Report on lock hospitals in British Burma
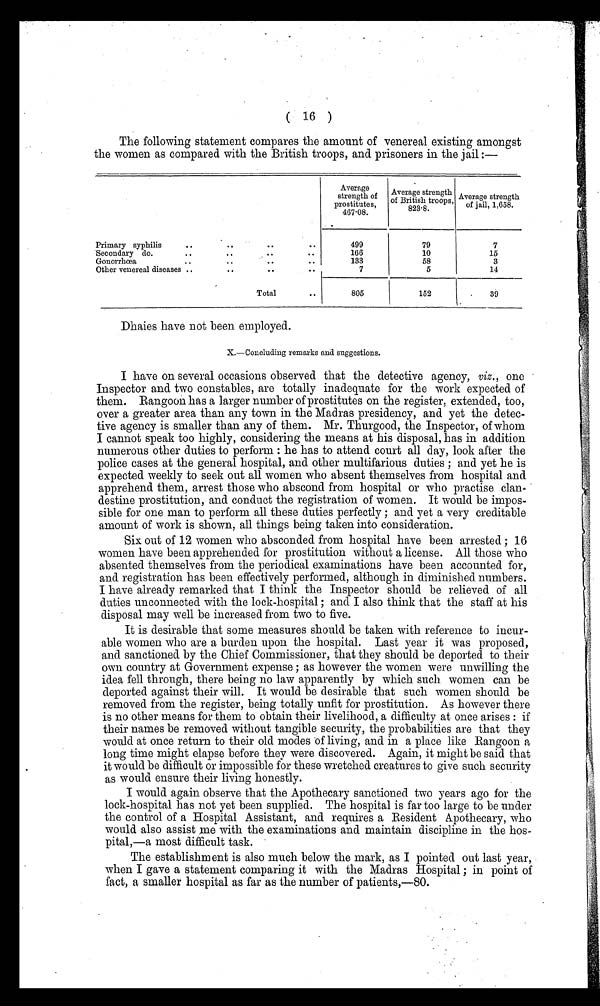
( 16 )
The following statement compares the amount of venereal existing amongst
the women as compared with the British troops, and prisoners in the jail :—
A v e r a g e s t r e n g t h o f p r o s t i t u t e s ,
467.08.
A v e r a g e s t r e n g t h o f B r i t i s h t r o o p s ,
8 2 3 . 8 .
A v e r a g e s t r e n g t h o f j a i l , 1 , 6 5 8 .
Primary syphilis
..
..
..
. .
499
79
7
Secondary do.
.. .. ..
. .
166
10
15
Gonorrhœa
..
..
..
133
58
3
Other venereal diseases ..
..
..
..
7
5
14
Total
..
805
152
.
39
Dhaies have not been employed.
X.—Concluding remarks and suggestions.
I have on several occasions observed that the detective agency, viz., one
Inspector and two constables, are totally inadequate for the work expected of
them. Rangoon has a larger number of prostitutes on the register, extended, too,
over a greater area than any town in the Madras presidency, and yet the detec-
tive agency is smaller than any of them. Mr. Thurgood, the Inspector, of whom
I cannot speak too highly, considering the means at his disposal, has in addition
numerous other duties to perform : he has to attend court all day, look after the
police cases at the general hospital, and other multifarious duties ; and yet he is
expected weekly to seek out all women who absent themselves from hospital and
apprehend them, arrest those who abscond from hospital or who practise clan-
destine prostitution, and conduct the registration of women. It would be impos-
sible for one man to perform all these duties perfectly ; and yet a very creditable
amount of work is shown, all things being taken into consideration.
Six out of 12 women who absconded from hospital have been arrested ; 16
women have been apprehended for prostitution without a license. All those who
absented themselves from the periodical examinations have been accounted for,
and registration has been effectively performed, although in diminished numbers.
I have already remarked that I think the Inspector should be relieved of all
duties unconnected with the lock-hospital ; and I also think that the staff at his
disposal may well be increased from two to five.
It is desirable that some measures should be taken with reference to incur-
able women who are a burden upon the hospital. Last year it was proposed,
and sanctioned by the Chief Commissioner, that they should be deported to their
own country at Government expense ; as however the women were unwilling the
idea fell through, there being no law apparently by which such women can be
deported against their will. It would be desirable that such women should be
removed from the register, being totally unfit for prostitution. As however there
is no other means for them to obtain their livelihood, a difficulty at once arises : if
their names be removed without tangible security, the probabilities are that they
would at once return to their old modes of living, and in a place like Rangoon a
long time might elapse before they were discovered. Again, it might be said that
it would be difficult or impossible for these wretched creatures to give such security
as would ensure their living honestly.
I would again observe that the Apothecary sanctioned two years ago for the
lock-hospital has not yet been supplied. The hospital is far too large to be under
the control of a Hospital Assistant, and requires a Resident Apothecary, who
would also assist me with the examinations and maintain discipline in the hos-
pital,—a most difficult task.
The establishment is also much below the mark, as I pointed out last year,
when I gave a statement comparing it with the Madras Hospital ; in point of
fact, a smaller hospital as far as the number of patients,—80.